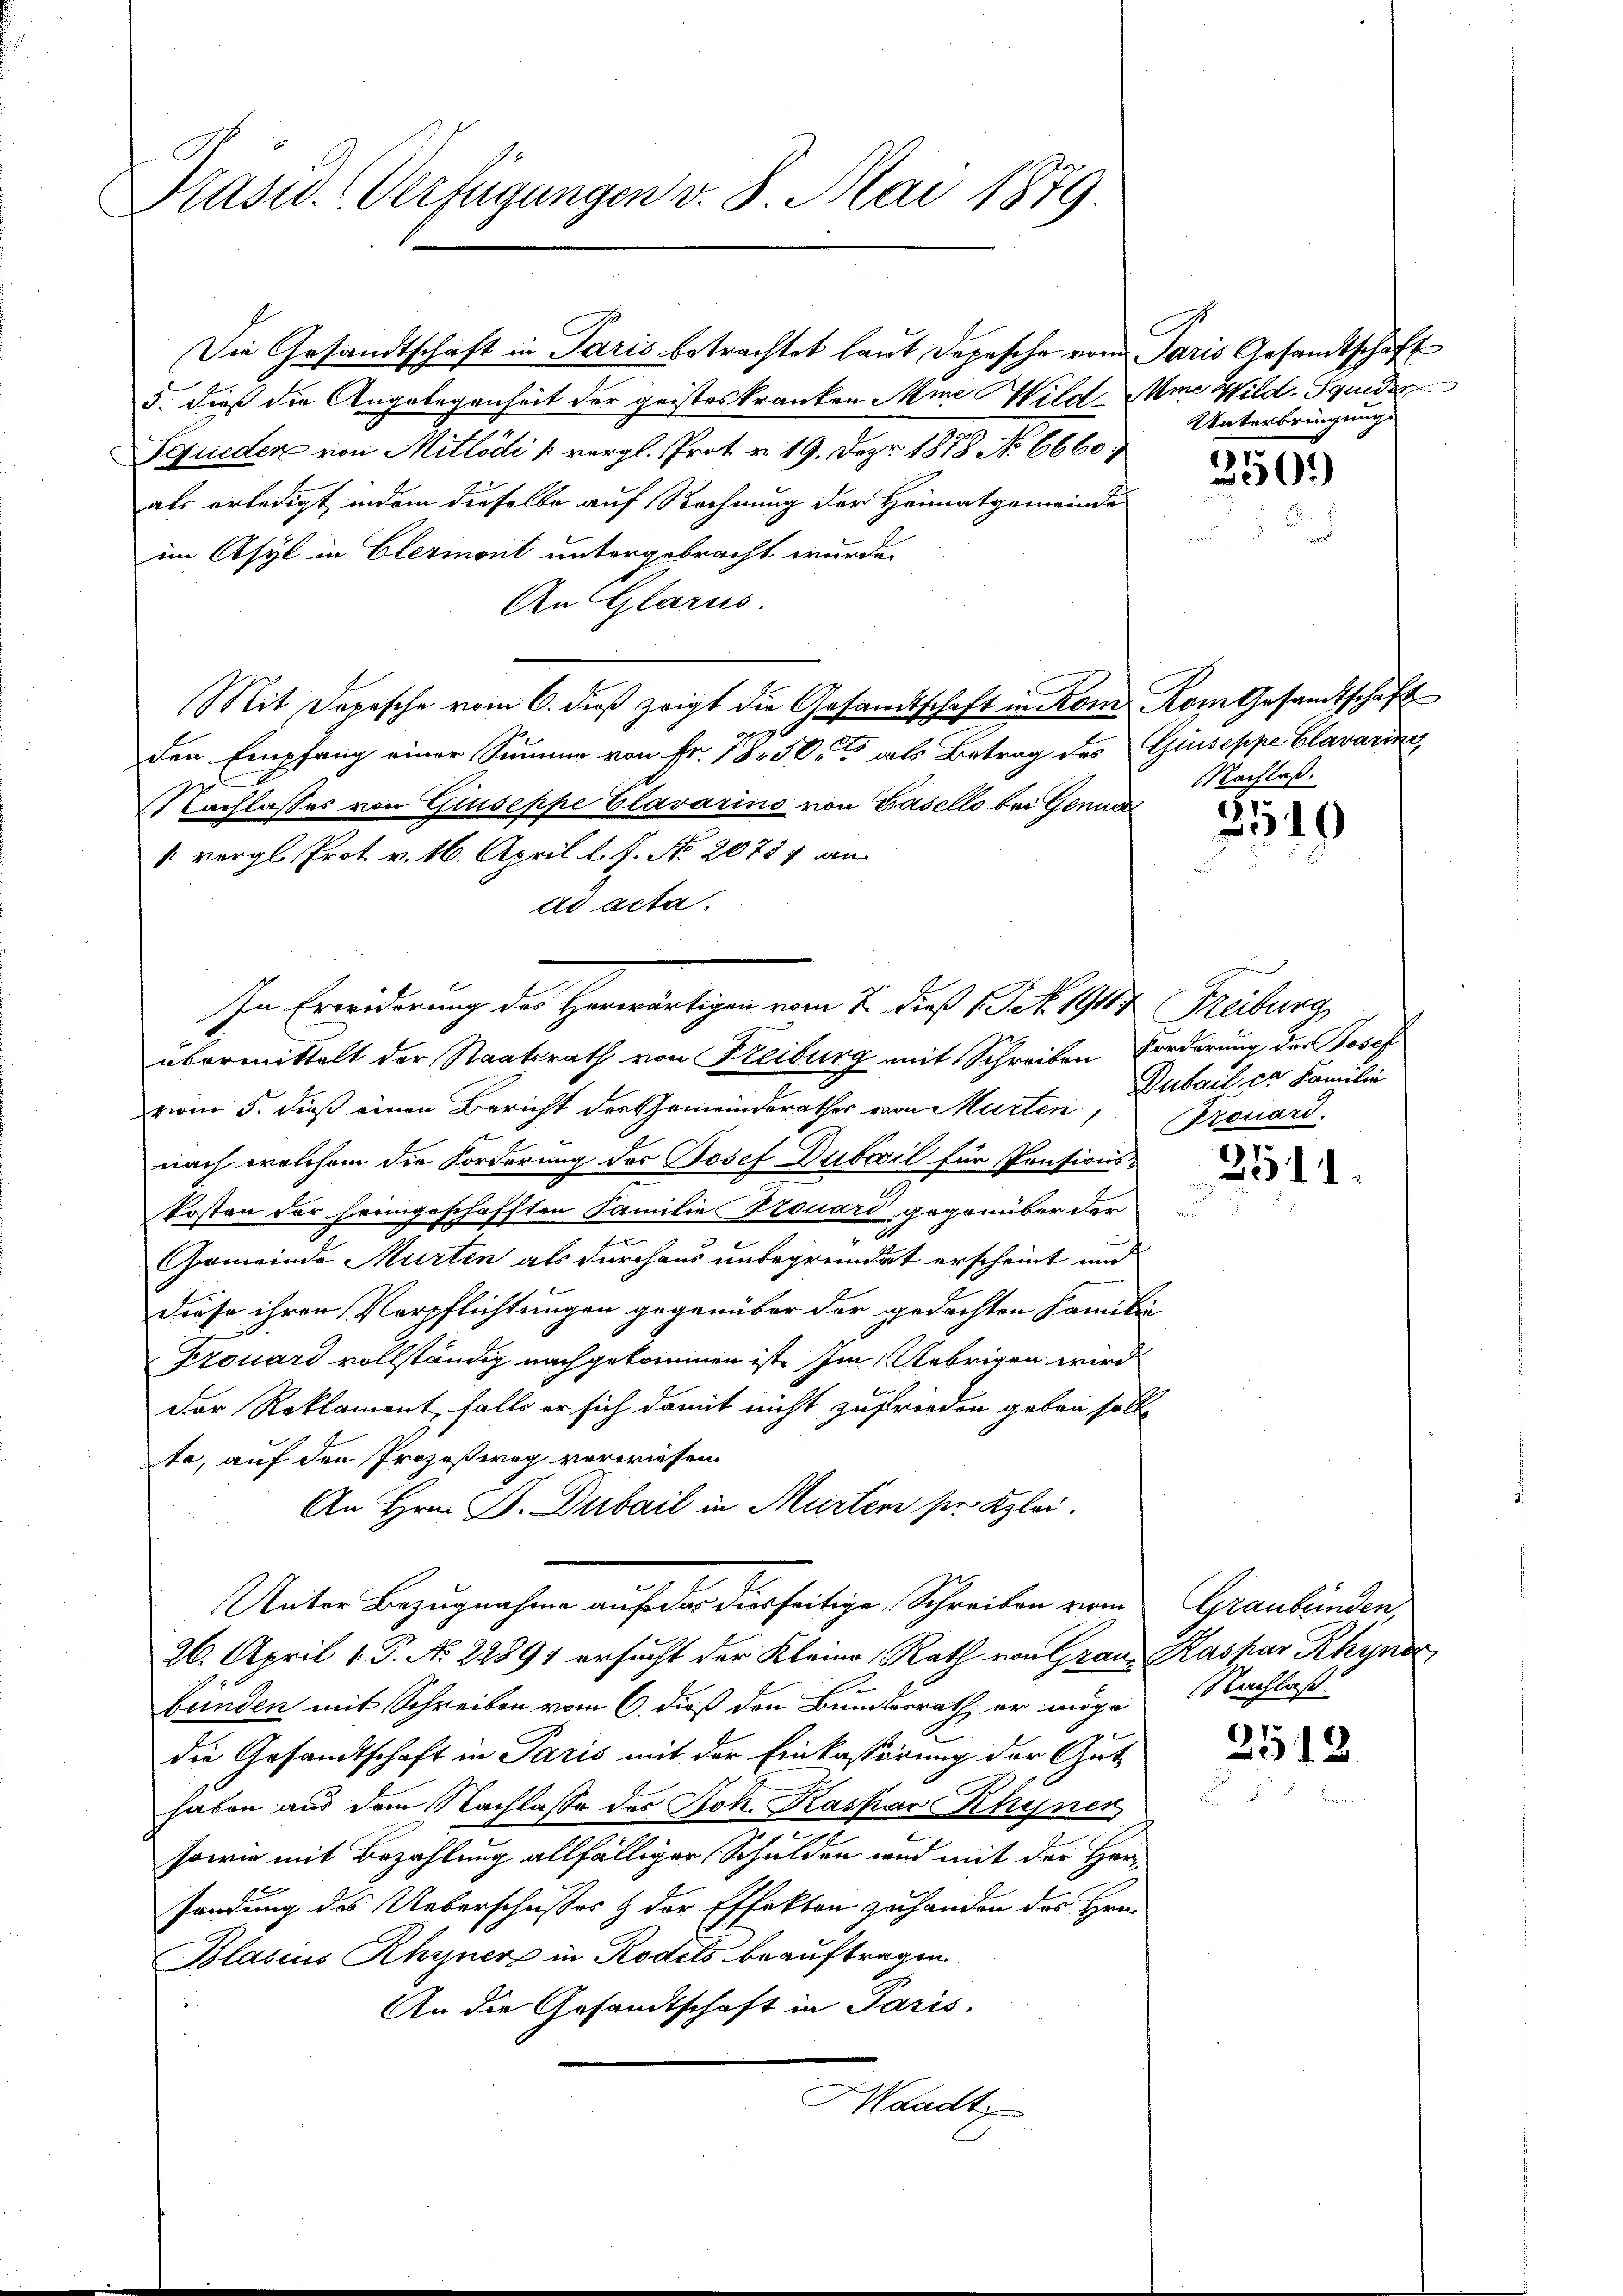
Präsid. Verfügungen v. 8. Mai 1879.

Die Gesandtschaft in Paris betrachtet laut Depesche von Paris Gesandtschaft
5. dieß die Angelegenheit der geisteskranken Mine Wild Mine Wild-Squeder
Fqueder von Mittadi vergl. Prot u. 19. Dez. 1878 No 6660
als erledigt, indem dieselbe auf Rechnung der Heimatgemeinde
im Asyl in Elermont untergebracht wurde.
An Glarus.
den Empfang einer Summe von Fr. 1850 als Betrag des Giuseppe Clavarine
z
Nachlasses von Giuseppe Clavarino von Gasello bei Genua
1 vergl. Prot. v. 16. April l. J. No. 20737 an
ad acta.
In Erwiderung des Herwärtigen vom 7. dieß Bek. 1917 Freiburg
übermittelt der Staatsrath von Freiburg mit Schreiben Forderung der Josef
vom 5. dieß einen Bericht des Gemeinderathes von Murten,
nach welchem die Forderung des Josef Dubail für Pensionskosten der heimgeschafften Familie Kouard gegenüber der
z
Gemeinde Murten als durchaus unbegründet erscheint und
Diese ihren Verpflichtungen gegenüber der gedachten Familie
Prouard vollständig nachgekommen ist. Im Uebrigen wird
Der Reklament, falls er sich damit nicht zufrieden geben soll
te, auf den Prozeßweg verwiesen
An Hrn. P. Dubail in Murten ser Klei
Unter Bezugnahme auf der diesseitige Schreiben vom
26. April 1. P. No. 22891 ersucht der Kleine Rath von Grau, Kaspar Rhynd
bunden mit Schreiben vom 6. dieß den Bundesrath, er möge
die Gesandtschaft in Paris mit der Einkassirung der Gut-
haben aus dem Nachlasse des Joh. Kaspar Rhyner
sowie mit Bezahlung allfälliger Schulden und mit der Her-
sendung des Ueberschusses & der Effekten zuhanden des Hrnn
Blasius Rhyner in Rodels beauftragen.
An die Gesandtschaft in Paris.
Waadt

Mit Depesche vom 6. dβ zeigt die Gesandtschaft in Rom. Rom Gesandtschaft

E
Unterbringung

256.)

Nachlaß.

8549

Dubail er Familie
Frouard

3511.

Graubünden,
Nachlaß.

2513